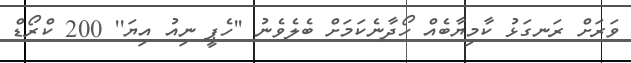
ވަރަށް ރަނގަޅު ކާމިޔާބެއް ހޯދާނެކަމަށް ބެލެވެނު ''ހެޕީ ނިއު އިޔަ'' 200 ކްރޯޑް